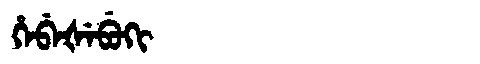
Manchu: ᡥᡝᠪᡝᡧᡝᠪᡠᡴᡳ
Romanization: HEBEŠEBUKI